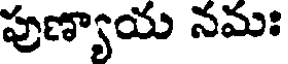
పుణ్యాయ నమః